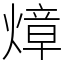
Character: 𤍤